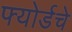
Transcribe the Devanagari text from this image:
फ्योर्डचे